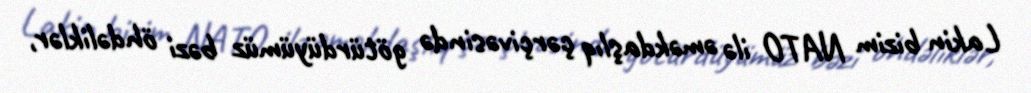
Lakin bizim NATO ilə əməkdaşlıq çərçivəsində götürdüyümüz bəzi öhdəliklər,